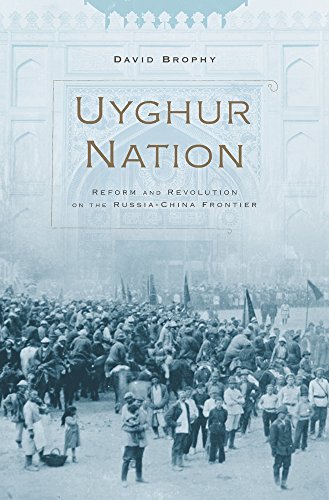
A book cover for Uyghur Nation: Reform and Revolution on the Russia-China Frontier; David Brophy; History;